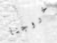
خروجنا